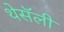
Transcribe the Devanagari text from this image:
थेसॅली